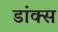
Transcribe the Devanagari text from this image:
डांक्स